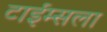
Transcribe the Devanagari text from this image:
टाईम्सला